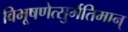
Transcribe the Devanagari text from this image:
विभूषणेत्सुर्मतिमान्